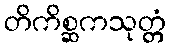
တိကိစ္ဆကသုတ္တံ